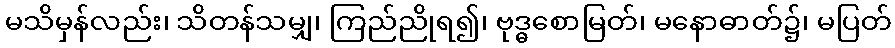
မသိမှန်လည်း၊ သိတန်သမျှ၊ ကြည်ညိုရ၍၊ ဗုဒ္ဓစောမြတ်၊ မနောဓာတ်၌၊ မပြတ်